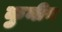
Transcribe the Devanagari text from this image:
कुनीन